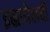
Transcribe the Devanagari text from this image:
इस्रायेलची